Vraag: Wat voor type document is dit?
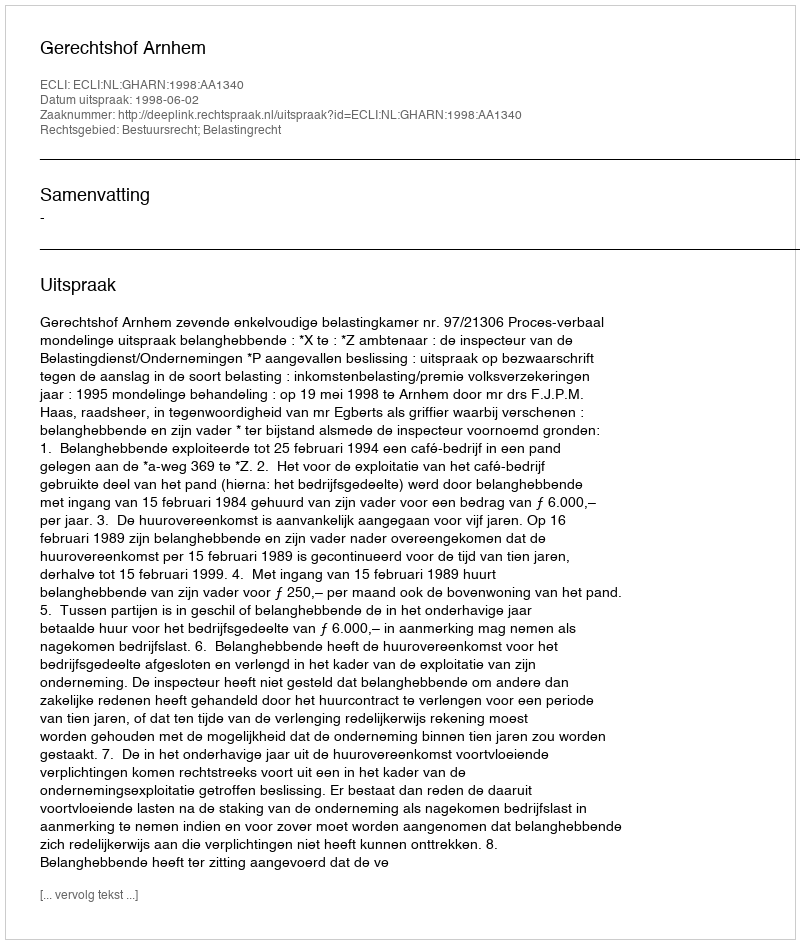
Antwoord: Uitspraak